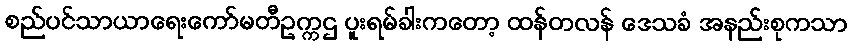
စည်ပင်သာယာရေးကော်မတီဥက္ကဌ ပူးရမ်ခါးကတော့ ထန်တလန် ဒေသခံ အနည်းစုကသာ